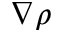
\nabla \rho